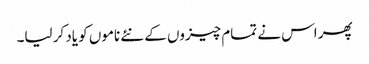
پھر اس نے تمام چیزوں کے نئے ناموں کو یاد کر لیا۔